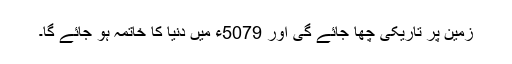
زمین پر تاریکی چھا جائے گی اور 5079ء میں دنیا کا خاتمہ ہو جائے گا۔